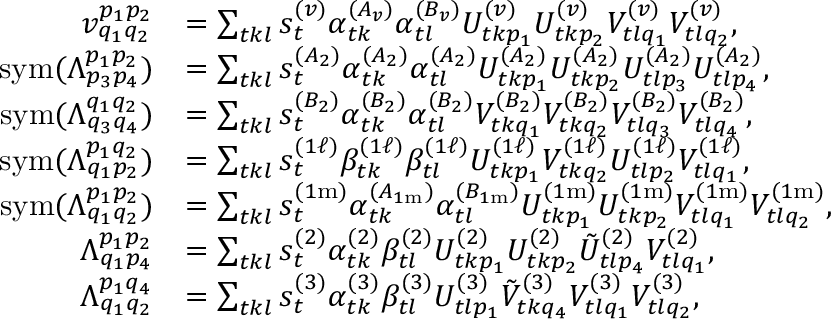
\begin{array} { r l } { v _ { q _ { 1 } q _ { 2 } } ^ { p _ { 1 } p _ { 2 } } } & { = \sum _ { t k l } s _ { t } ^ { ( v ) } \alpha _ { t k } ^ { ( A _ { v } ) } \alpha _ { t l } ^ { ( B _ { v } ) } U _ { t k p _ { 1 } } ^ { ( v ) } U _ { t k p _ { 2 } } ^ { ( v ) } V _ { t l q _ { 1 } } ^ { ( v ) } V _ { t l q _ { 2 } } ^ { ( v ) } , } \\ { \mathrm { s y m } ( \Lambda _ { p _ { 3 } p _ { 4 } } ^ { p _ { 1 } p _ { 2 } } ) } & { = \sum _ { t k l } s _ { t } ^ { ( A _ { 2 } ) } \alpha _ { t k } ^ { ( A _ { 2 } ) } \alpha _ { t l } ^ { ( A _ { 2 } ) } U _ { t k p _ { 1 } } ^ { ( A _ { 2 } ) } U _ { t k p _ { 2 } } ^ { ( A _ { 2 } ) } U _ { t l p _ { 3 } } ^ { ( A _ { 2 } ) } U _ { t l p _ { 4 } } ^ { ( A _ { 2 } ) } , } \\ { \mathrm { s y m } ( \Lambda _ { q _ { 3 } q _ { 4 } } ^ { q _ { 1 } q _ { 2 } } ) } & { = \sum _ { t k l } s _ { t } ^ { ( B _ { 2 } ) } \alpha _ { t k } ^ { ( B _ { 2 } ) } \alpha _ { t l } ^ { ( B _ { 2 } ) } V _ { t k q _ { 1 } } ^ { ( B _ { 2 } ) } V _ { t k q _ { 2 } } ^ { ( B _ { 2 } ) } V _ { t l q _ { 3 } } ^ { ( B _ { 2 } ) } V _ { t l q _ { 4 } } ^ { ( B _ { 2 } ) } , } \\ { \mathrm { s y m } ( \Lambda _ { q _ { 1 } p _ { 2 } } ^ { p _ { 1 } q _ { 2 } } ) } & { = \sum _ { t k l } s _ { t } ^ { ( 1 \ell ) } \beta _ { t k } ^ { ( 1 \ell ) } \beta _ { t l } ^ { ( 1 \ell ) } U _ { t k p _ { 1 } } ^ { ( 1 \ell ) } V _ { t k q _ { 2 } } ^ { ( 1 \ell ) } U _ { t l p _ { 2 } } ^ { ( 1 \ell ) } V _ { t l q _ { 1 } } ^ { ( 1 \ell ) } , } \\ { \mathrm { s y m } ( \Lambda _ { q _ { 1 } q _ { 2 } } ^ { p _ { 1 } p _ { 2 } } ) } & { = \sum _ { t k l } s _ { t } ^ { ( 1 \mathrm { m } ) } \alpha _ { t k } ^ { ( A _ { 1 \mathrm { m } } ) } \alpha _ { t l } ^ { ( B _ { 1 \mathrm { m } } ) } U _ { t k p _ { 1 } } ^ { ( 1 \mathrm { m } ) } U _ { t k p _ { 2 } } ^ { ( 1 \mathrm { m } ) } V _ { t l q _ { 1 } } ^ { ( 1 \mathrm { m } ) } V _ { t l q _ { 2 } } ^ { ( 1 \mathrm { m } ) } , } \\ { \Lambda _ { q _ { 1 } p _ { 4 } } ^ { p _ { 1 } p _ { 2 } } } & { = \sum _ { t k l } s _ { t } ^ { ( 2 ) } \alpha _ { t k } ^ { ( 2 ) } \beta _ { t l } ^ { ( 2 ) } U _ { t k p _ { 1 } } ^ { ( 2 ) } U _ { t k p _ { 2 } } ^ { ( 2 ) } \tilde { U } _ { t l p _ { 4 } } ^ { ( 2 ) } V _ { t l q _ { 1 } } ^ { ( 2 ) } , } \\ { \Lambda _ { q _ { 1 } q _ { 2 } } ^ { p _ { 1 } q _ { 4 } } } & { = \sum _ { t k l } s _ { t } ^ { ( 3 ) } \alpha _ { t k } ^ { ( 3 ) } \beta _ { t l } ^ { ( 3 ) } U _ { t l p _ { 1 } } ^ { ( 3 ) } \tilde { V } _ { t k q _ { 4 } } ^ { ( 3 ) } V _ { t l q _ { 1 } } ^ { ( 3 ) } V _ { t l q _ { 2 } } ^ { ( 3 ) } , } \end{array}